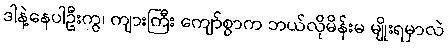
ဒါနဲ့နေပါဦးကွ၊ ကျားကြီး ကျော်စွာက ဘယ်လိုမိန်းမ မျိုးရမှာလဲ